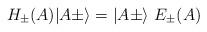
LaTeX: \begin{align*}H_\pm (A)\vert A\pm\rangle =\vert A\pm\rangle\ E_\pm (A)\end{align*}